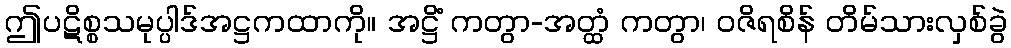
ဤပဋိစ္စသမုပ္ပါဒ်အဋ္ဌကထာကို။ အဋ္ဌိံ ကတွာ-အတ္ထံ ကတွာ၊ ဝဇိရစိန် တိမ်သားလှစ်ခွဲ